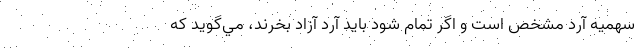
سهميه آرد مشخص است و اگر تمام شود بايد آرد آزاد بخرند، مي‌گويد كه